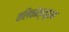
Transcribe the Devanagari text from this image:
वलिकोन्दपुरम